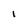
Character: I